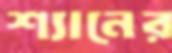
শ্যানের